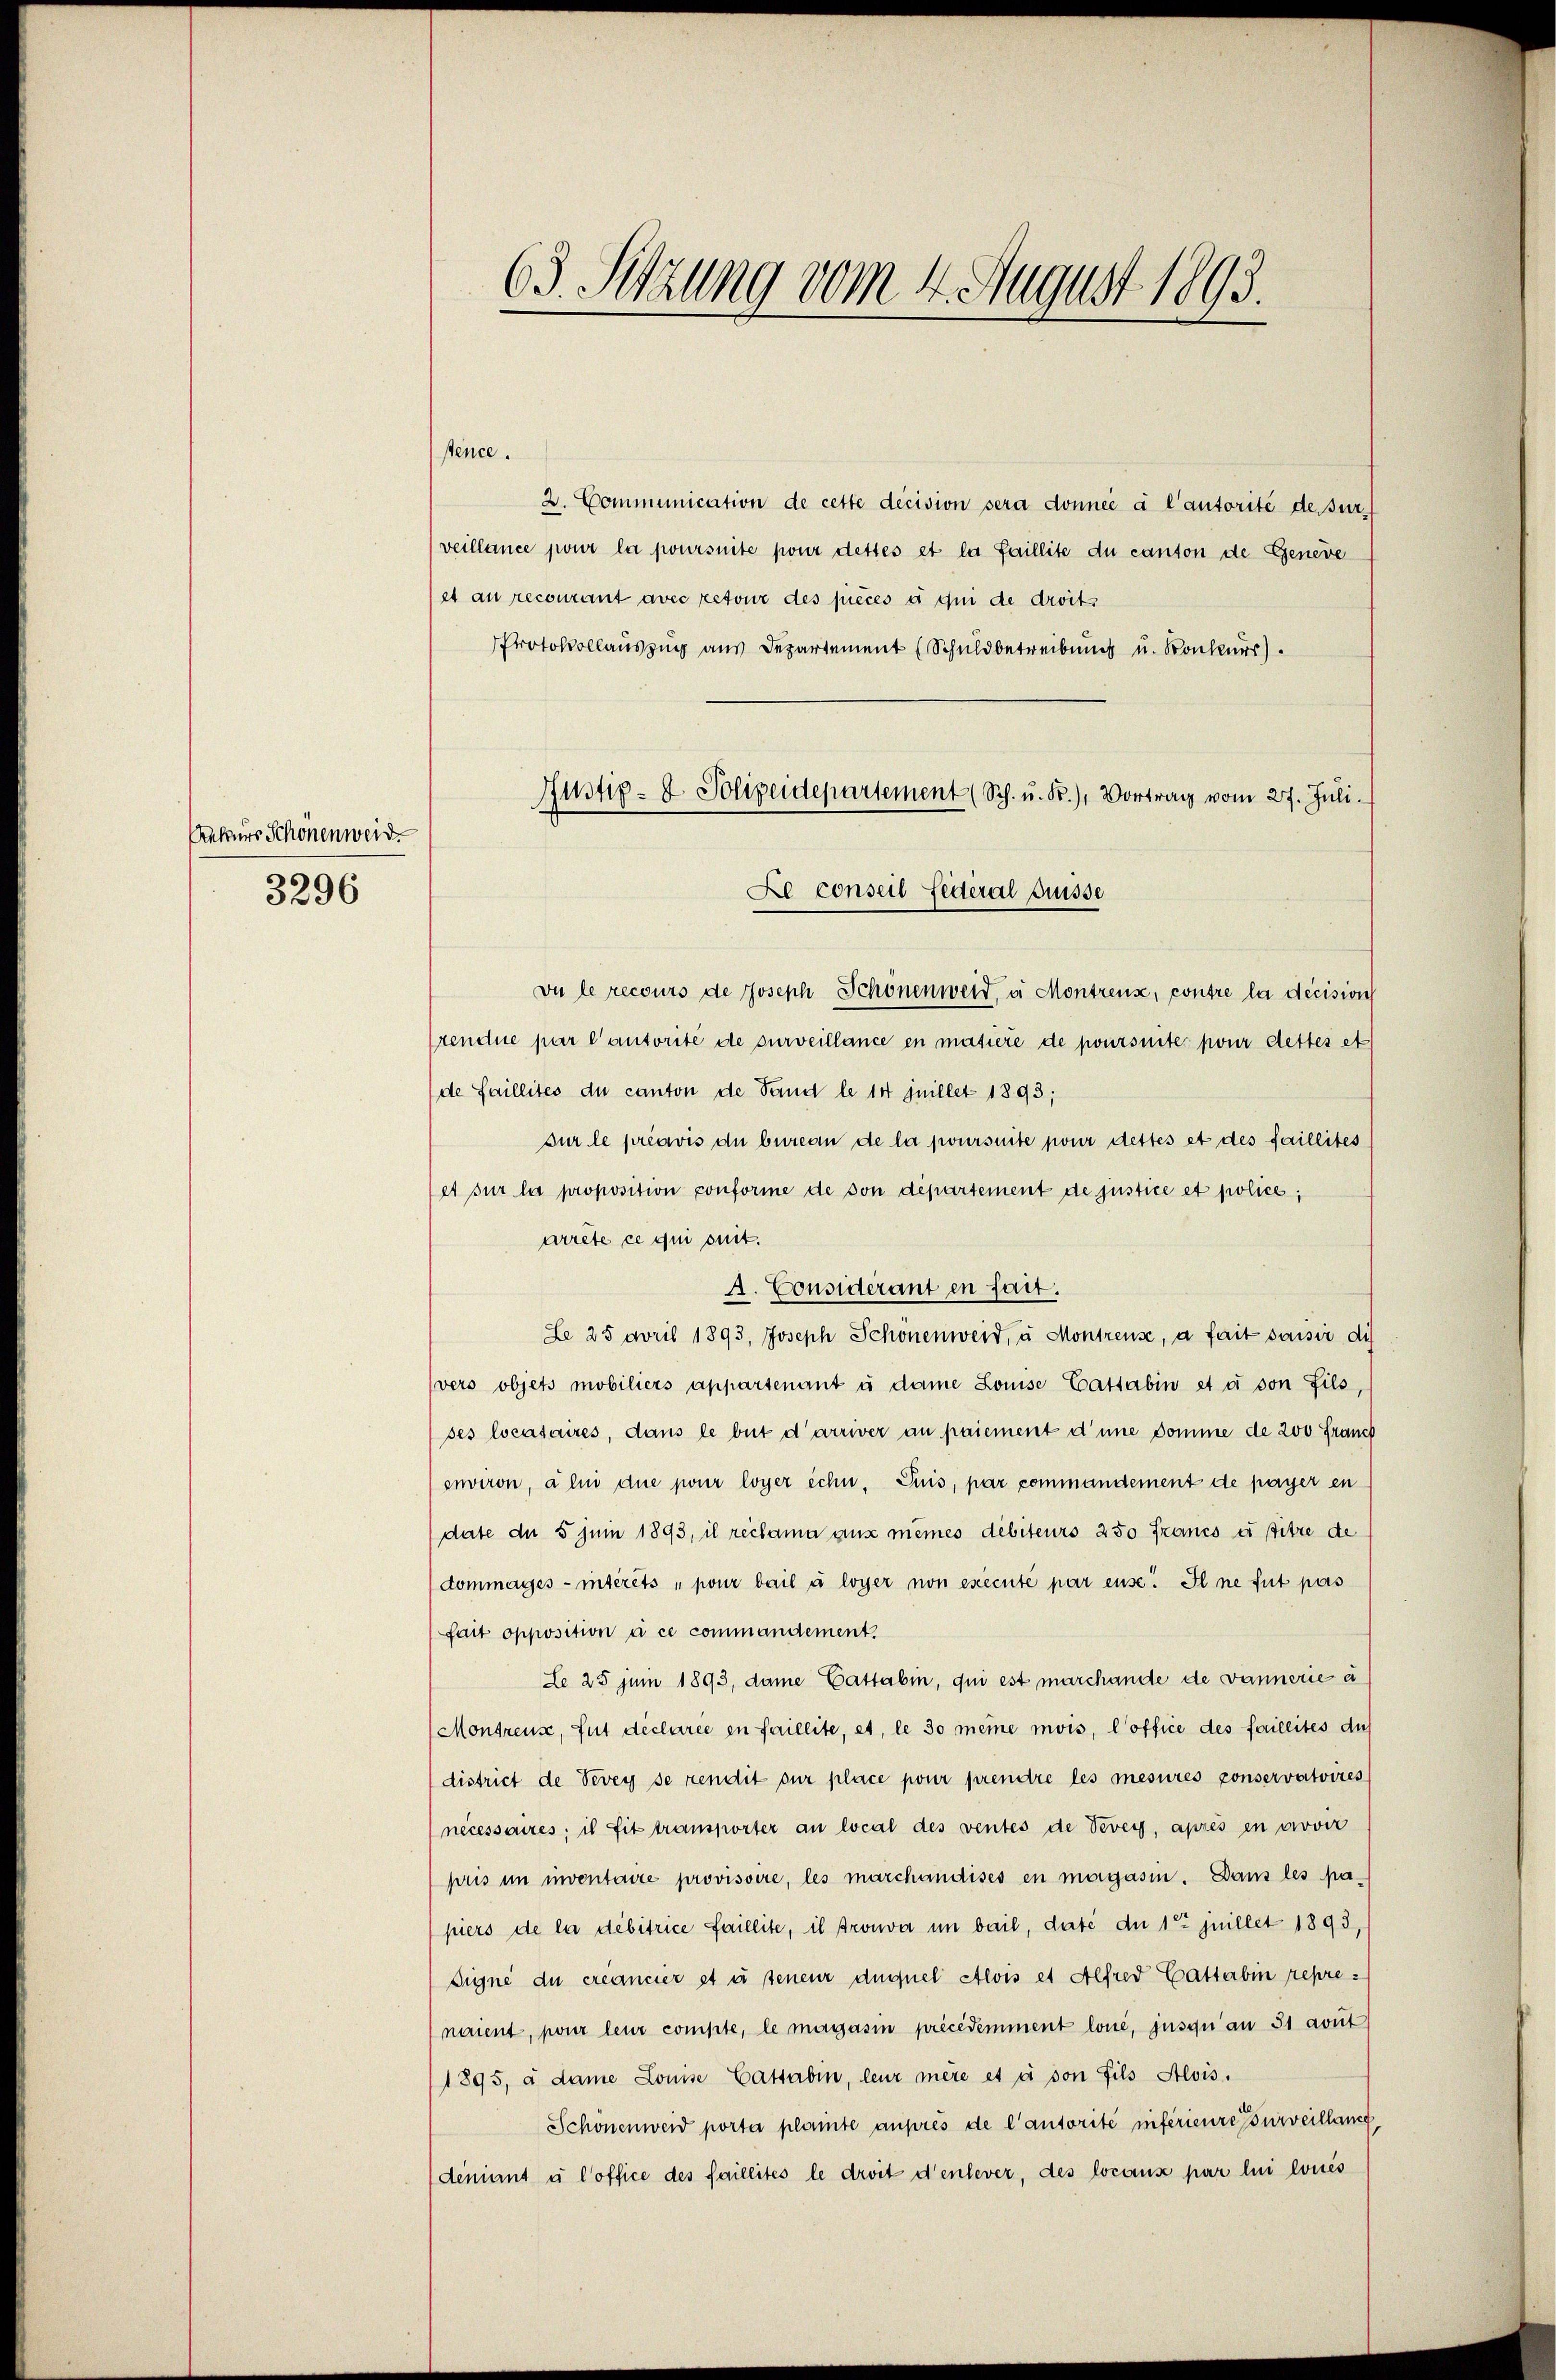
Rekurs Schönenweid.
3296

63. Setzung vom 4. August 1893.

stence.
2. Communication de cette decision sera donnée à l’autorité de sur-
veillance pour la poursuite pour dettes et la faillite du canton de Geneve
et au recourant avec retour des pièces e gin de droits
Protokollauszug aus Departement (Schuldbetreibung u. Konkurr
vu le recours de Joseph Schönenweid, u. Montreux, contre la décision
rendue par l’autorité de surveillance en matière de poursuite pour dettes et
(de Saillités du canton de Sand le 14 Juillet 1893;
Für le préavis du bureau de la poursuite pour dettes et des faillites
et sur la proposition conforme de von departement de justice et police,
arrête ce qui onit.
A. Considerant en fait.
Le 25 April 1893, Joseph Schönenweid, à Montreuse, a fait saisie di
vers objets mobiliers apparsenant es dame Louise Cattabin et er von Fils,
ses locataires, dans le but d’arriver an paiement d’une Domme de 200 Franch
environ, alii due pour loyer echn. Puis, par commandement de payer en
date du 5 juni 1893, il reclama aus mêmes débiteurs 250 francs et sitze de
dommages-intérêts „pour bail à loyer non executé par euse. Il ne fut pas
fait opposition à ce commandement.
Le 25 juni 1893, dame Cattabin, qui est marchande de dannerie e
Montreuse, gut déclarée en faillite, et, le so meine mois, l’office des faillites dies
district de Vevey se rendit sur place pour prendre les mesures conservatoires
necessaires; is sit transporter an local des ventes de Vevey, après en avoir
pris im inventaire provisoire, les marchandises en magasin. Dans les pa
piers de la débitrice faillite, il prouva in bail, date du 1 Juillet 1893,
Signe du créancier et à teneur duquel Alois et Alfred Cattabin reprenaient, pour leur compte, le magasin précédemment lone, jusqu’au 31 avut
1895, à dame Louise Cassaben, leur mere et si von fils Alois.
Schönenweid porta plante auprès de l’autorité inférieure surveilland,
deniant u Coffice des faillites le droit d’enlever, des locans par lui loués

Justiz- & Polizeidepartement (Sch. u. Fr.), Vortrag vom 27. Juli.
Le conseil Federal Suisse